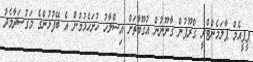
ޕީޕީއެމް ޕާލަމެންޓްރީ ގްރޫޕުން ގާނޫނުން އުގޫބާތަށް އިސްލާހު ހުށަހެޅުމުން އެ ބޭފުޅުންގެ މަގުސަދާމެދު